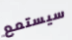
سيستمع